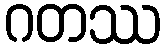
ဂတဿ